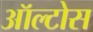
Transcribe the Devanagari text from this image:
ऑल्टोस